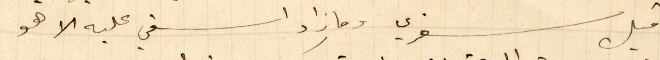
قبل سفري وما زاد اسفي عليه الا هو